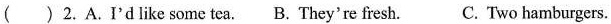
( ) 2.A.I'd like some tea. B. They're fresh. C. Two hamburgers.